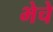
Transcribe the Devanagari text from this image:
भेचे